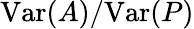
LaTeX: \mathrm{Var}(A)/\mathrm{Var}(P)